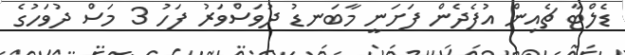
ޑެލްޓާ ޗެއިން އުފެދެން ފަށަނީ މާބަނޑު ދުވަސްވަރު ފަހު 3 މަސް ދުވަހުގެ